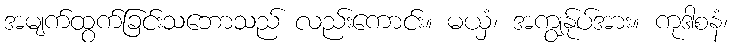
အမျက်ထွက်ခြင်းသဘောသည် လည်းကောင်း။ မယှံ၊ အကျွန်ုပ်အား။ ကုဒါစနံ၊